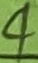
Text: 4